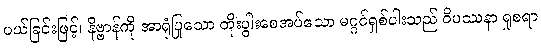
ပယ်ခြင်းဖြင့်၊ နိဗ္ဗာန်ကို အာရုံပြုသော တိုးပွါးစေအပ်သော မဂ္ဂင်ရှစ်ပါးသည် ဝိပဿနာ ရှုစရာ